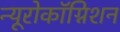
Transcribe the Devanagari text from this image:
न्यूरोकॉग्निशन